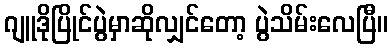
ဂျူဒိုပြိုင်ပွဲမှာဆိုလျှင်တော့ ပွဲသိမ်းလေပြီ။